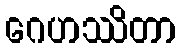
ဂေဟဿိတာ